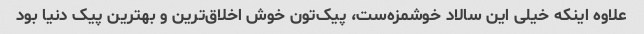
علاوه اینکه خیلی این سالاد خوشمزه‌ست، پیک‌تون خوش اخلاق‌ترین و بهترین پیک دنیا بود